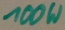
Text: 100W